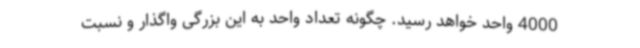
4000 واحد خواهد رسید. چگونه تعداد واحد به این بزرگی واگذار و نسبت